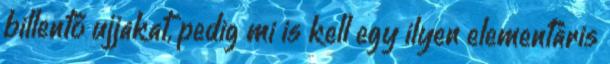
billentő ujjakat, pedig mi is kell egy ilyen elementáris